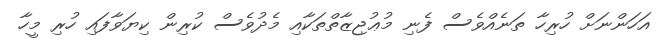
އަހަންނަށް ހުރިހާ ތަނެއްވެސް ފެނި މުޢުޖިޒާތްތަކާއި މެދުވެސް ކުރިން ކިޔަވާފައި ހުރި މީހާ